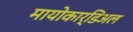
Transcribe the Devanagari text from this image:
मायोकार्डिअल